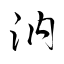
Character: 汭